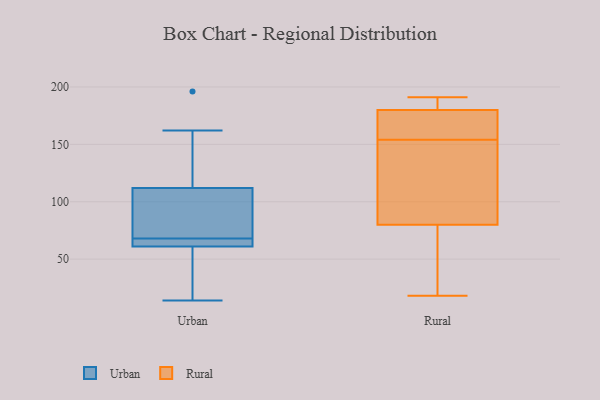
{"axis": {"x": "Revenue (USD Million)", "y": "Value"}, "legend": ["Rural", "Urban"], "data": [{"x": "", "y": 114, "type": "Urban"}, {"x": "", "y": 196, "type": "Urban"}, {"x": "", "y": 106, "type": "Urban"}, {"x": "", "y": 61, "type": "Urban"}, {"x": "", "y": 69, "type": "Urban"}, {"x": "", "y": 64, "type": "Urban"}, {"x": "", "y": 64, "type": "Urban"}, {"x": "", "y": 119, "type": "Urban"}, {"x": "", "y": 67, "type": "Urban"}, {"x": "", "y": 162, "type": "Urban"}, {"x": "", "y": 61, "type": "Urban"}, {"x": "", "y": 68, "type": "Urban"}, {"x": "", "y": 19, "type": "Urban"}, {"x": "", "y": 42, "type": "Urban"}, {"x": "", "y": 48, "type": "Urban"}, {"x": "", "y": 121, "type": "Urban"}, {"x": "", "y": 79, "type": "Urban"}, {"x": "", "y": 100, "type": "Urban"}, {"x": "", "y": 14, "type": "Urban"}, {"x": "", "y": 160, "type": "Rural"}, {"x": "", "y": 169, "type": "Rural"}, {"x": "", "y": 80, "type": "Rural"}, {"x": "", "y": 180, "type": "Rural"}, {"x": "", "y": 52, "type": "Rural"}, {"x": "", "y": 105, "type": "Rural"}, {"x": "", "y": 18, "type": "Rural"}, {"x": "", "y": 148, "type": "Rural"}, {"x": "", "y": 191, "type": "Rural"}, {"x": "", "y": 186, "type": "Rural"}]}